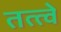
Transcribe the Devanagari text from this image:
तत्‍त्‍वे